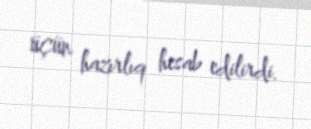
üçün hazırlıq hesab edilirdi.